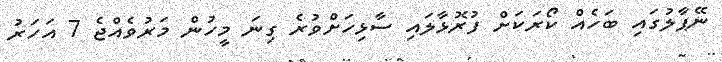
ނޭޕާލުގައި ބަހެއް ކޯރަކަށް ފުރޮޅާލައި ސާޅިހަށްވުރެ ގިނަ މީހުން މަރުވެއްޖެ 7 އަހަރު